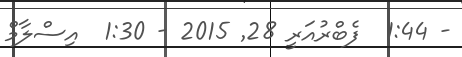
- 1:44  ފެބްރުއަރީ 28